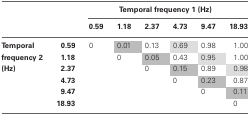
|  |  | <COLSPAN=6> Temporal frequency 1 (Hz) |
 |  |  | 0.59 | 1.18 | 2.37 | 4.73 | 9.47 | 18.93 |
 | --- | --- | --- | --- | --- | --- | --- | --- |
 | Temporal | 0.59 | 0 | 0.01 | 0.13 | 0.69 | 0.98 | 1.00 |
 | frequency 2 | 1.18 |  | 0 | 0.05 | 0.43 | 0.95 | 1.00 |
 | (Hz) | 2.37 |  |  | 0 | 0.15 | 0.89 | 0.98 |
 |  | 4.73 |  |  |  | 0 | 0.23 | 0.87 |
 |  | 9.47 |  |  |  |  | 0 | 0.11 |
 |  | 18.93 |  |  |  |  |  | 0 |